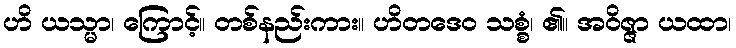
ဟိ ယသ္မာ၊ ကြောင့်။ တစ်နည်းကား။ ဟိတဒေဝ သစ္စံ၊ ၏။ အဝိဇ္ဇာ ယထာ၊